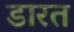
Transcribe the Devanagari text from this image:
डारत